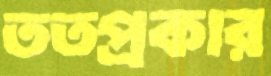
ততপ্রকার